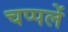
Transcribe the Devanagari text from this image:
चप्‍पलें